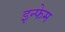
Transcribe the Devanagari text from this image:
इन्फेम